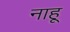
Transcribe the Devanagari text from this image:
नाहू